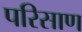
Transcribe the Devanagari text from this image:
परिसाण